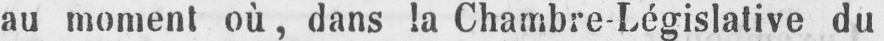
au moment où, dans la Chambre-Législative du